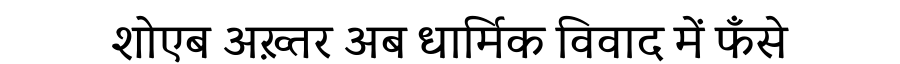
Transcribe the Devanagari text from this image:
शोएब अख़्तर अब धार्मिक विवाद में फँसे